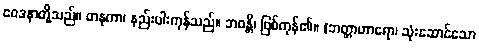
ဝေဒနာတို့သည်။ တနုကာ၊ နည်းပါးကုန်သည်။ ဘဝန္တိ၊ ဖြစ်ကုန်၏။ (ဘတ္တာဟာရော၊ သုံးဆောင်သော